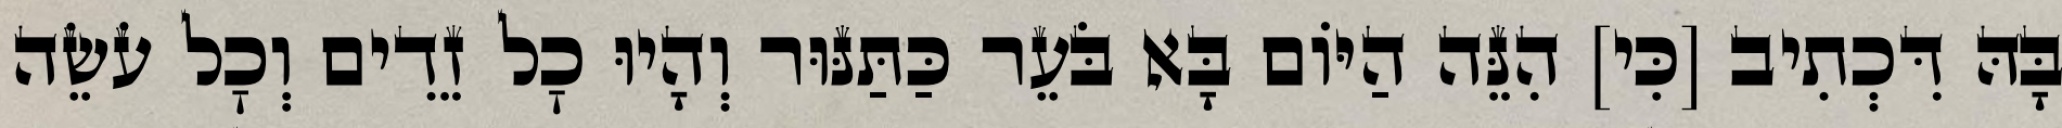
בָּהּ דִּכְתִיב [כִּי] הִנֵּה הַיּוֹם בָּא בֹּעֵר כַּתַּנּוּר וְהָיוּ כׇל זֵדִים וְכׇל עֹשֵׂה